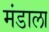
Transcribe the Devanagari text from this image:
मंडाला